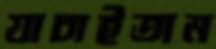
যাচাইতাম